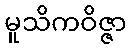
မူသိကဝိဇ္ဇာ